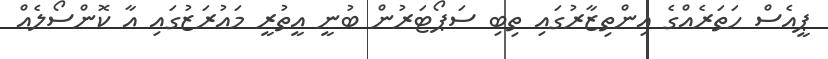
ޕީއެސް ހަތަރެއްގެ އިންތިޒާރުގައި ތިބި ސަޕޯޓަރުން ބުނީ އީތުރީ މައުރަޒުގައި އާ ކޮންސޯލެއް